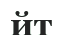
йт